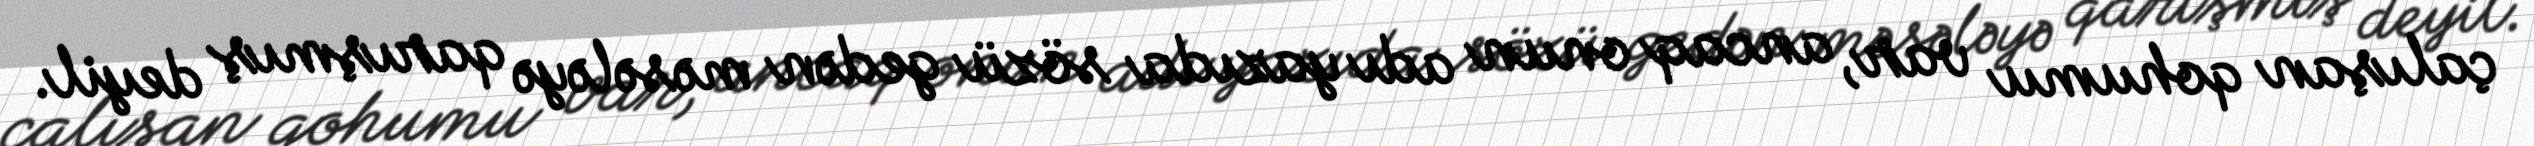
çalışan qohumu var, ancaq onun adı yazıda sözü gedən məsələyə qarışmış deyil.